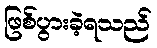
ဖြစ်ပွားခဲ့ရသည်